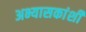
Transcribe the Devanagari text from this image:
अभ्यासकांशी